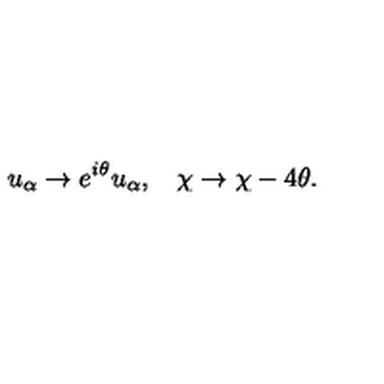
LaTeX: u _ { \alpha } \rightarrow e ^ { i \theta } u _ { \alpha } , \: \: \: \: \chi \rightarrow \chi - 4 \theta .